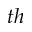
t h